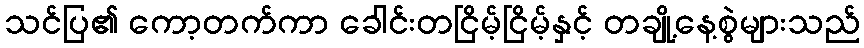
သင်ပြ၏ ကော့တက်ကာ ခေါင်းတငြိမ့်ငြိမ့်နှင့် တချို့နေ့စွဲများသည်